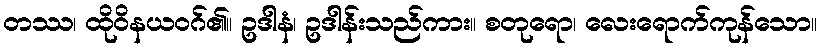
တဿ၊ ထိုဝိနယဝဂ်၏။ ဥဒါနံ၊ ဥဒါန်းသည်ကား။ စတုရော၊ လေးရောက်ကုန်သော။